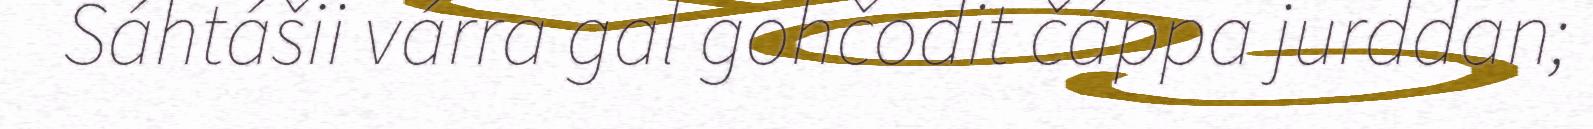
Sáhtášii várra gal gohčodit čáppa jurddan;